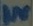
Text: IN